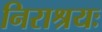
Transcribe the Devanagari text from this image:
निराश्रयः